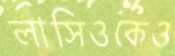
লাসিওকেও